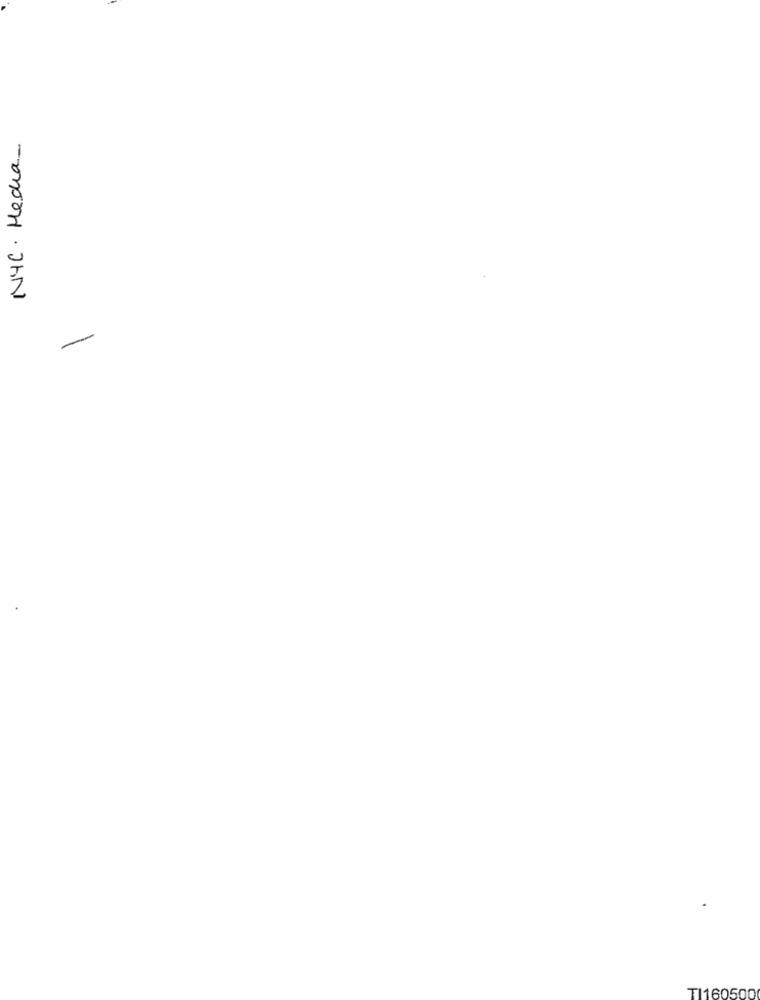
NYC. Media
TI160500